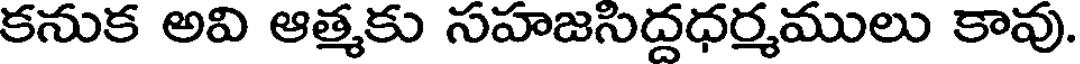
కనుక అవి ఆత్మకు సహజసిద్దధర్మములు కావు.